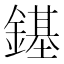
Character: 䥓